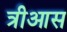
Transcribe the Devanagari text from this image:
त्रीआस